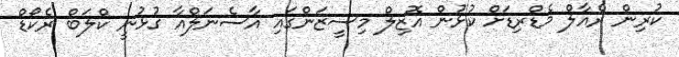
ކުރިން ރެއާލް މެޑްރިޑަށް ކުޅުން އޮޒިލް މިސީޒަންގައި އާސެނަލްއާ ގުޅުނީ ކްލަބް ރެކޯޑް